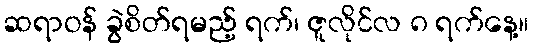
ဆရာဝန် ခွဲစိတ်ရမည့် ရက်၊ ဇူလိုင်လ ၈ ရက်နေ့။